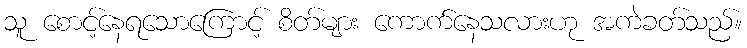
သူ စောင့်နေရသောကြောင့် စိတ်များ ကောက်နေသလားဟု အကဲခတ်သည်။